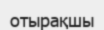
отырақшы